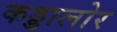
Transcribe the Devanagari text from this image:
कड्डालोर